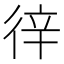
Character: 𢓫